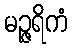
မဉ္ဇရိကံ